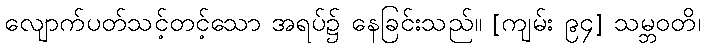
လျောက်ပတ်သင့်တင့်သော အရပ်၌ နေခြင်းသည်။ [ကျမ်း ၉၄] သမ္ဘဝတိ၊